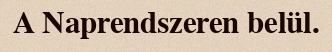
A Naprendszeren belül.